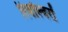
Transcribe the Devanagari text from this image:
रिवॉल्वरों